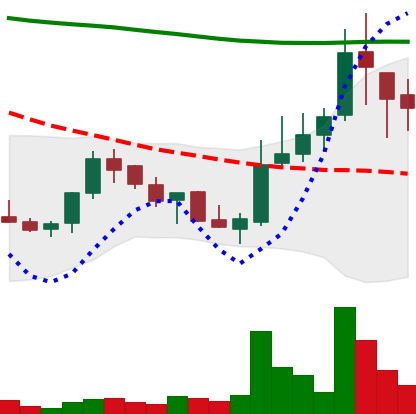
Ticker: LINK-USD
Chart end date: 2018-08-01
Forward return: -17.686%
Label: down_7plus